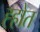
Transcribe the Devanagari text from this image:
ह्होत